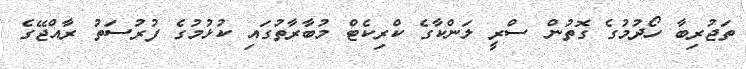
ތަޖުރިބާ ހޯދުމުގެ ގޮތުން ސްރީ ލަންކާގެ ކްރިކެޓް މުބާރާތުގައި ކުޅުމުގެ ފުރުސަތު ރާއްޖޭގެ